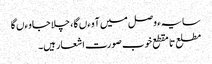
سایہء وصل میں آوءں گا ، چلا جاوءں گا
مطلع تا مقطع خوب صورت اشعار ہیں۔